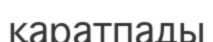
қаратпады